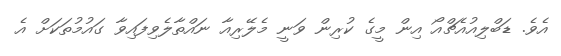
އެވެ. ޑަބްލިއުއެޗްއޯ އިން މީގެ ކުރިން ވަނީ މެލޭރިއާ ނައްތާލެވިފައިވާ ގައުމުތަކަށް އެ